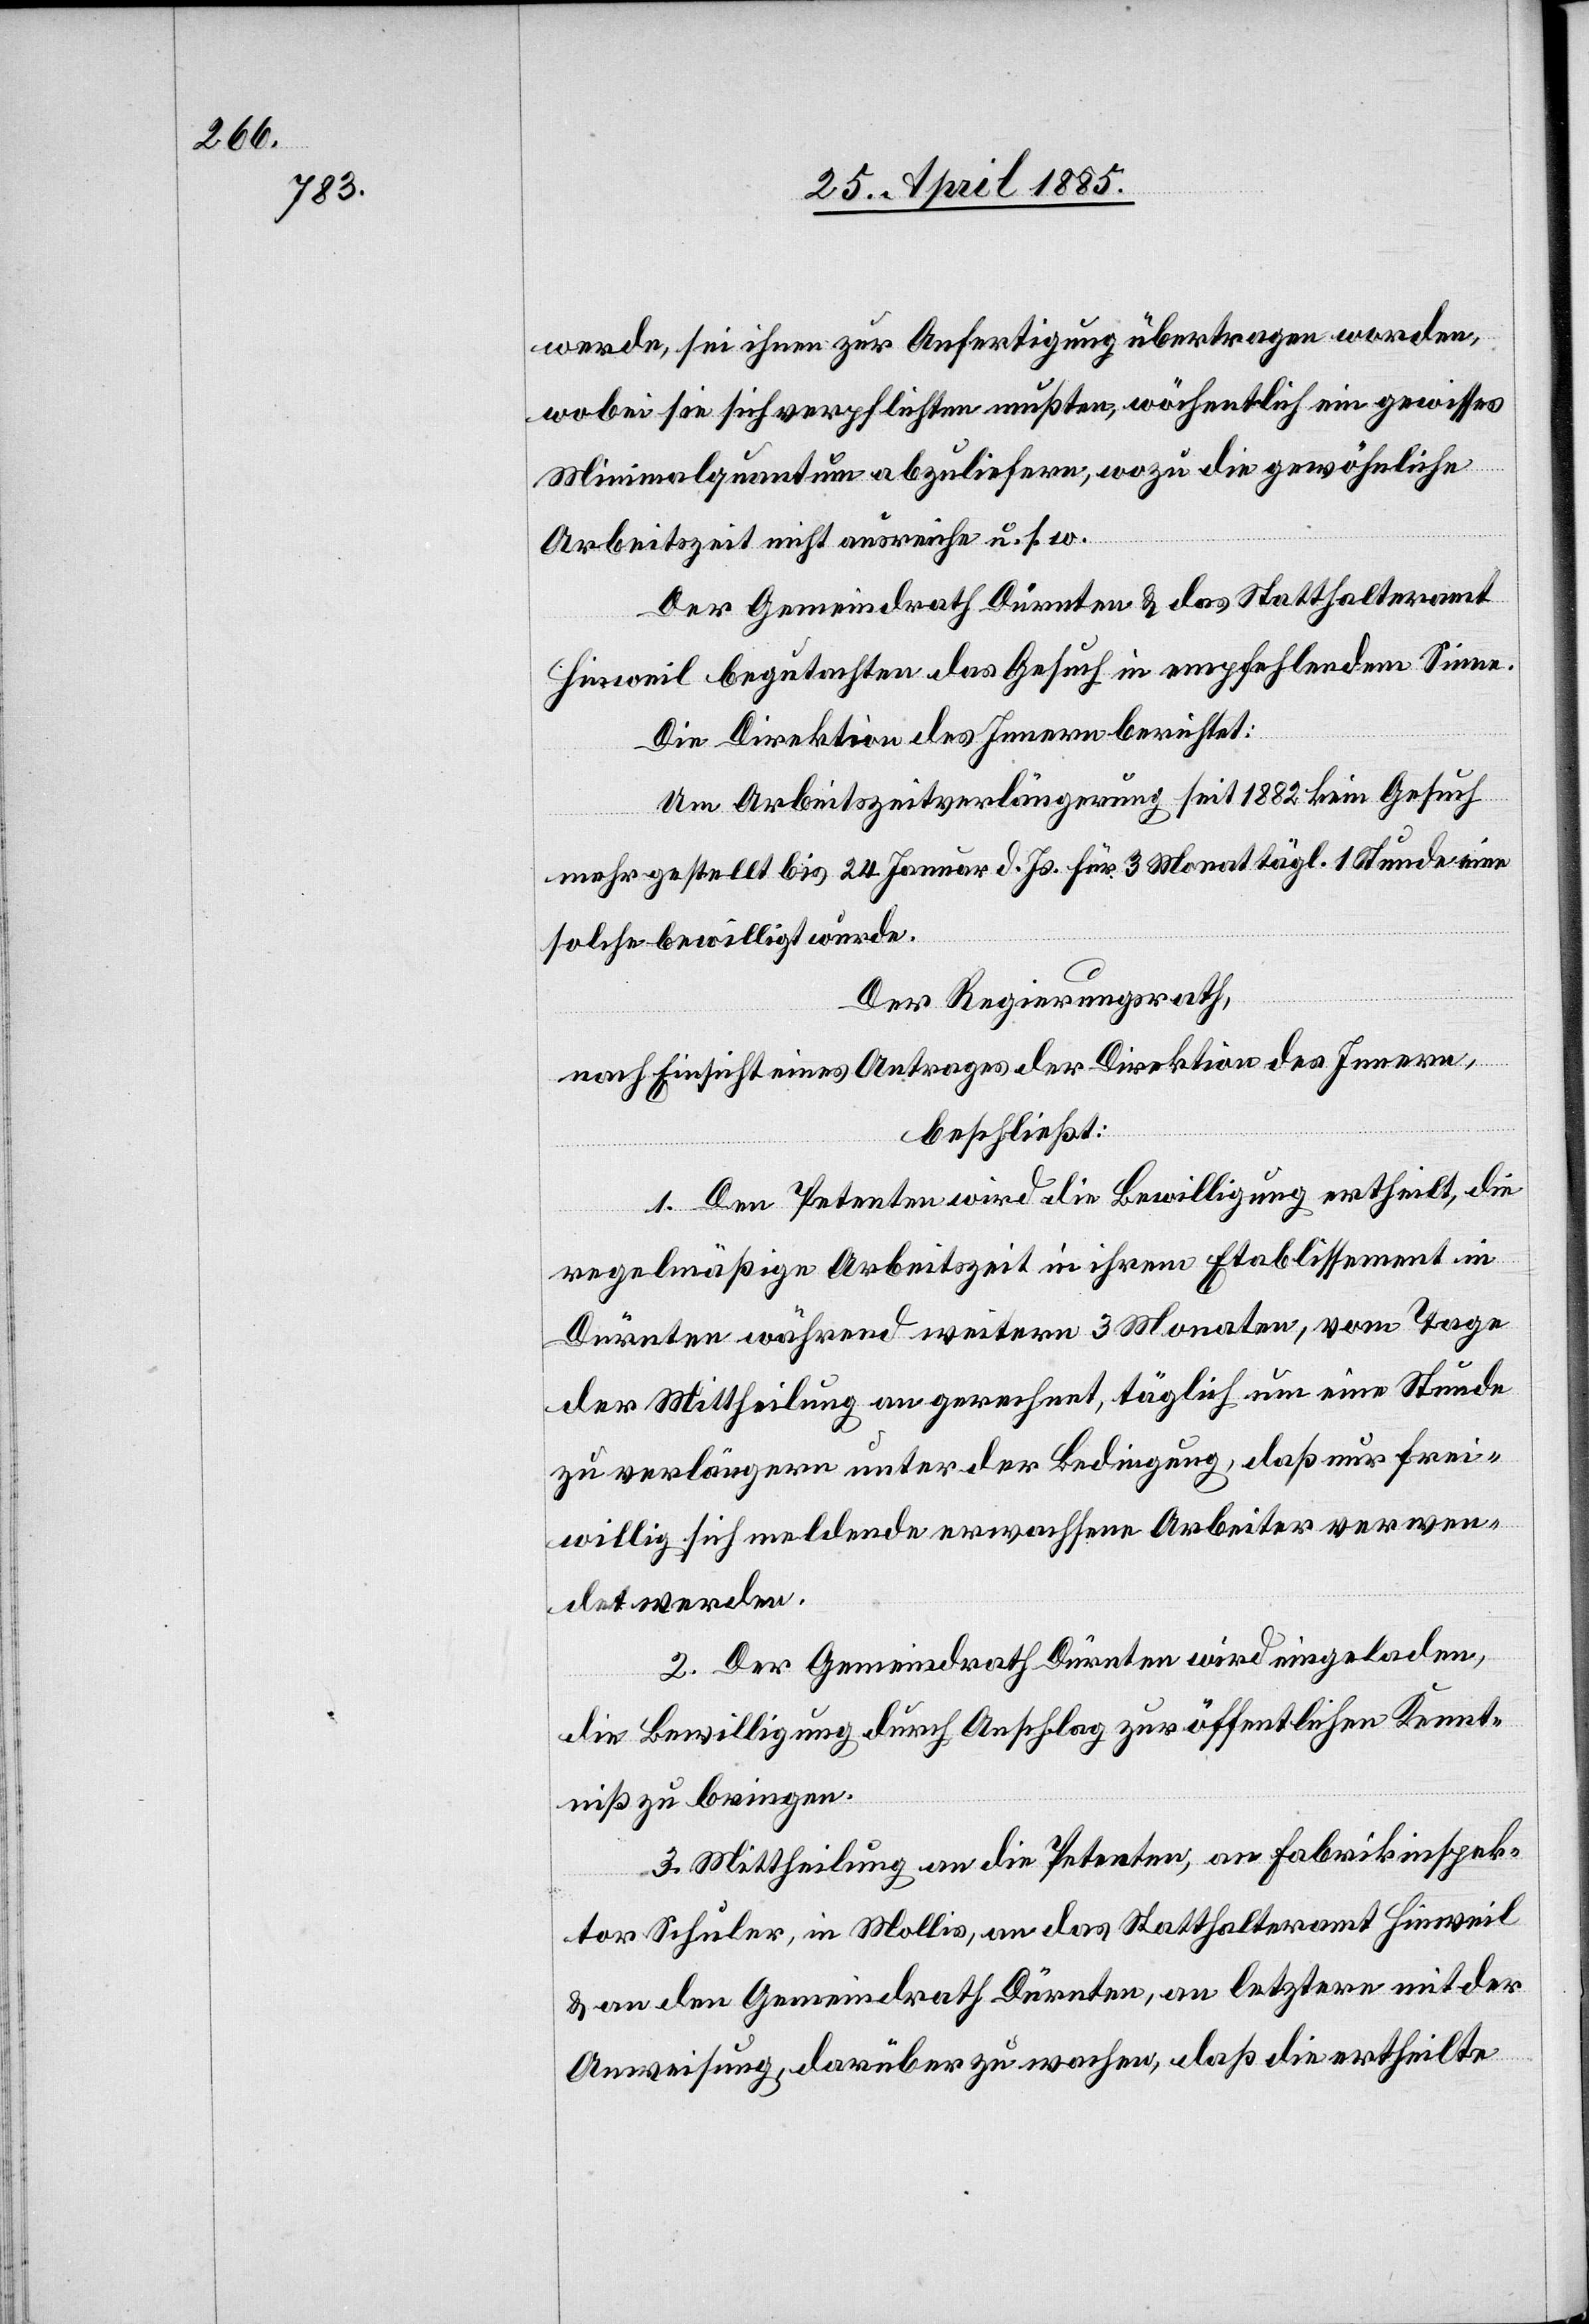
werde, sei ihnen zur Anfertigung übertragen worden,
wobei sie sich verpflichten mußten, wöchentlich ein gewisses
Minimalquantum abzuliefern, wozu die gewöhnliche
Arbeitszeit nicht ausreiche u. s. w.
Der Gemeindrath Dürnten & das Statthalteramt
Hinweil begutachten das Gesuch in empfehlendem Sinne.
Die Direktion des Innern berichtet:
Um Arbeitszeitverlängerung seit 1882 kein Gesuch
mehr gestellt bis 24. Januar d. Js. für 3 Monat[e] tägl. 1 Stunde eine
solche bewilligt wurde.
Der Regierungsrath,
nach Einsicht eines Antrages der Direktion des Innern,
beschließt:
1. Den Petenten wird die Bewilligung ertheilt, die
regelmäßige Arbeitszeit in ihrem Etablissement in
Dürnten während weitern 3 Monaten, vom Tage
der Mittheilung an gerechnet, täglich um eine Stunde
zu verlängern unter der Bedingung, daß nur frei¬
willig sich meldende erwachsene Arbeiter verwen¬
det werden.
2. Der Gemeindrath Dürnten wird eingeladen,
die Bewilligung durch Anschlag zur öffentlichen Kennt¬
niß zu bringen.
3. Mittheilung an die Petenten, an Fabrikinspek¬
tor Schuler, in Mollis, an das Statthalteramt Hinweil
& an den Gemeindrath Dürnten, an letztern mit der
Anweisung darüber zu wachen, daß die ertheilte